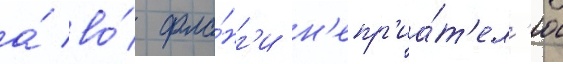
а́ во́ фла́нг'и н'епр'иа́т'ел'ю